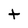
Character: t